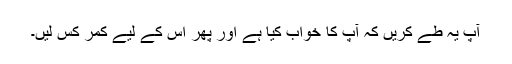
آپ یہ طے کریں کہ آپ کا خواب کیا ہے اور پھر اس کے لیے کمر کس لیں۔